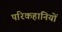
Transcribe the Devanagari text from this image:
परिकहानियों